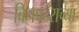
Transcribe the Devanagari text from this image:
बिनपदराच्या